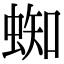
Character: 蜘